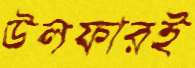
উলফারই